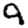
Digit: 9